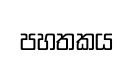
පහතකය